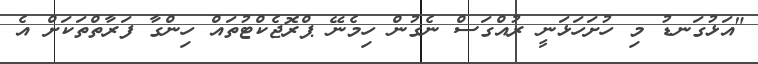
"އަޅުގަނޑު މި ހުށަހަޅަނީ ރުއްގަސް ނެގުން ހިމެނޭ ޕްރޮޖެކްޓުތައް ހިންގާ ފަރާތްތަކަށް އެ